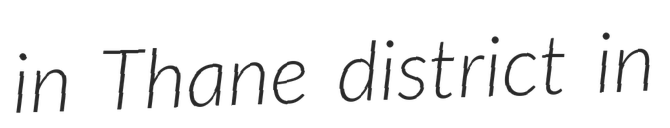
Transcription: in Thane district in